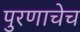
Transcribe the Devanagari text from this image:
पुरणाचेच